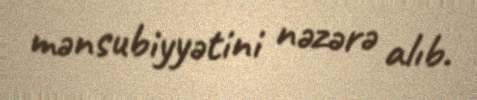
mənsubiyyətini nəzərə alıb.